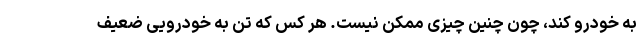
به خودرو کند، چون چنین چیزی ممکن نیست. هر کس که تن به خودرویی ضعیف